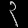
Digit: ၃